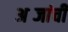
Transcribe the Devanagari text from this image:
अब्जांची